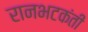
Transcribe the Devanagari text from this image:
रानभटकंती